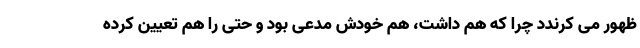
ظهور می کرندد چرا که هم داشت، هم خودش مدعی بود و حتی را هم تعیین کرده